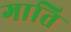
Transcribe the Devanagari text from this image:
गाति